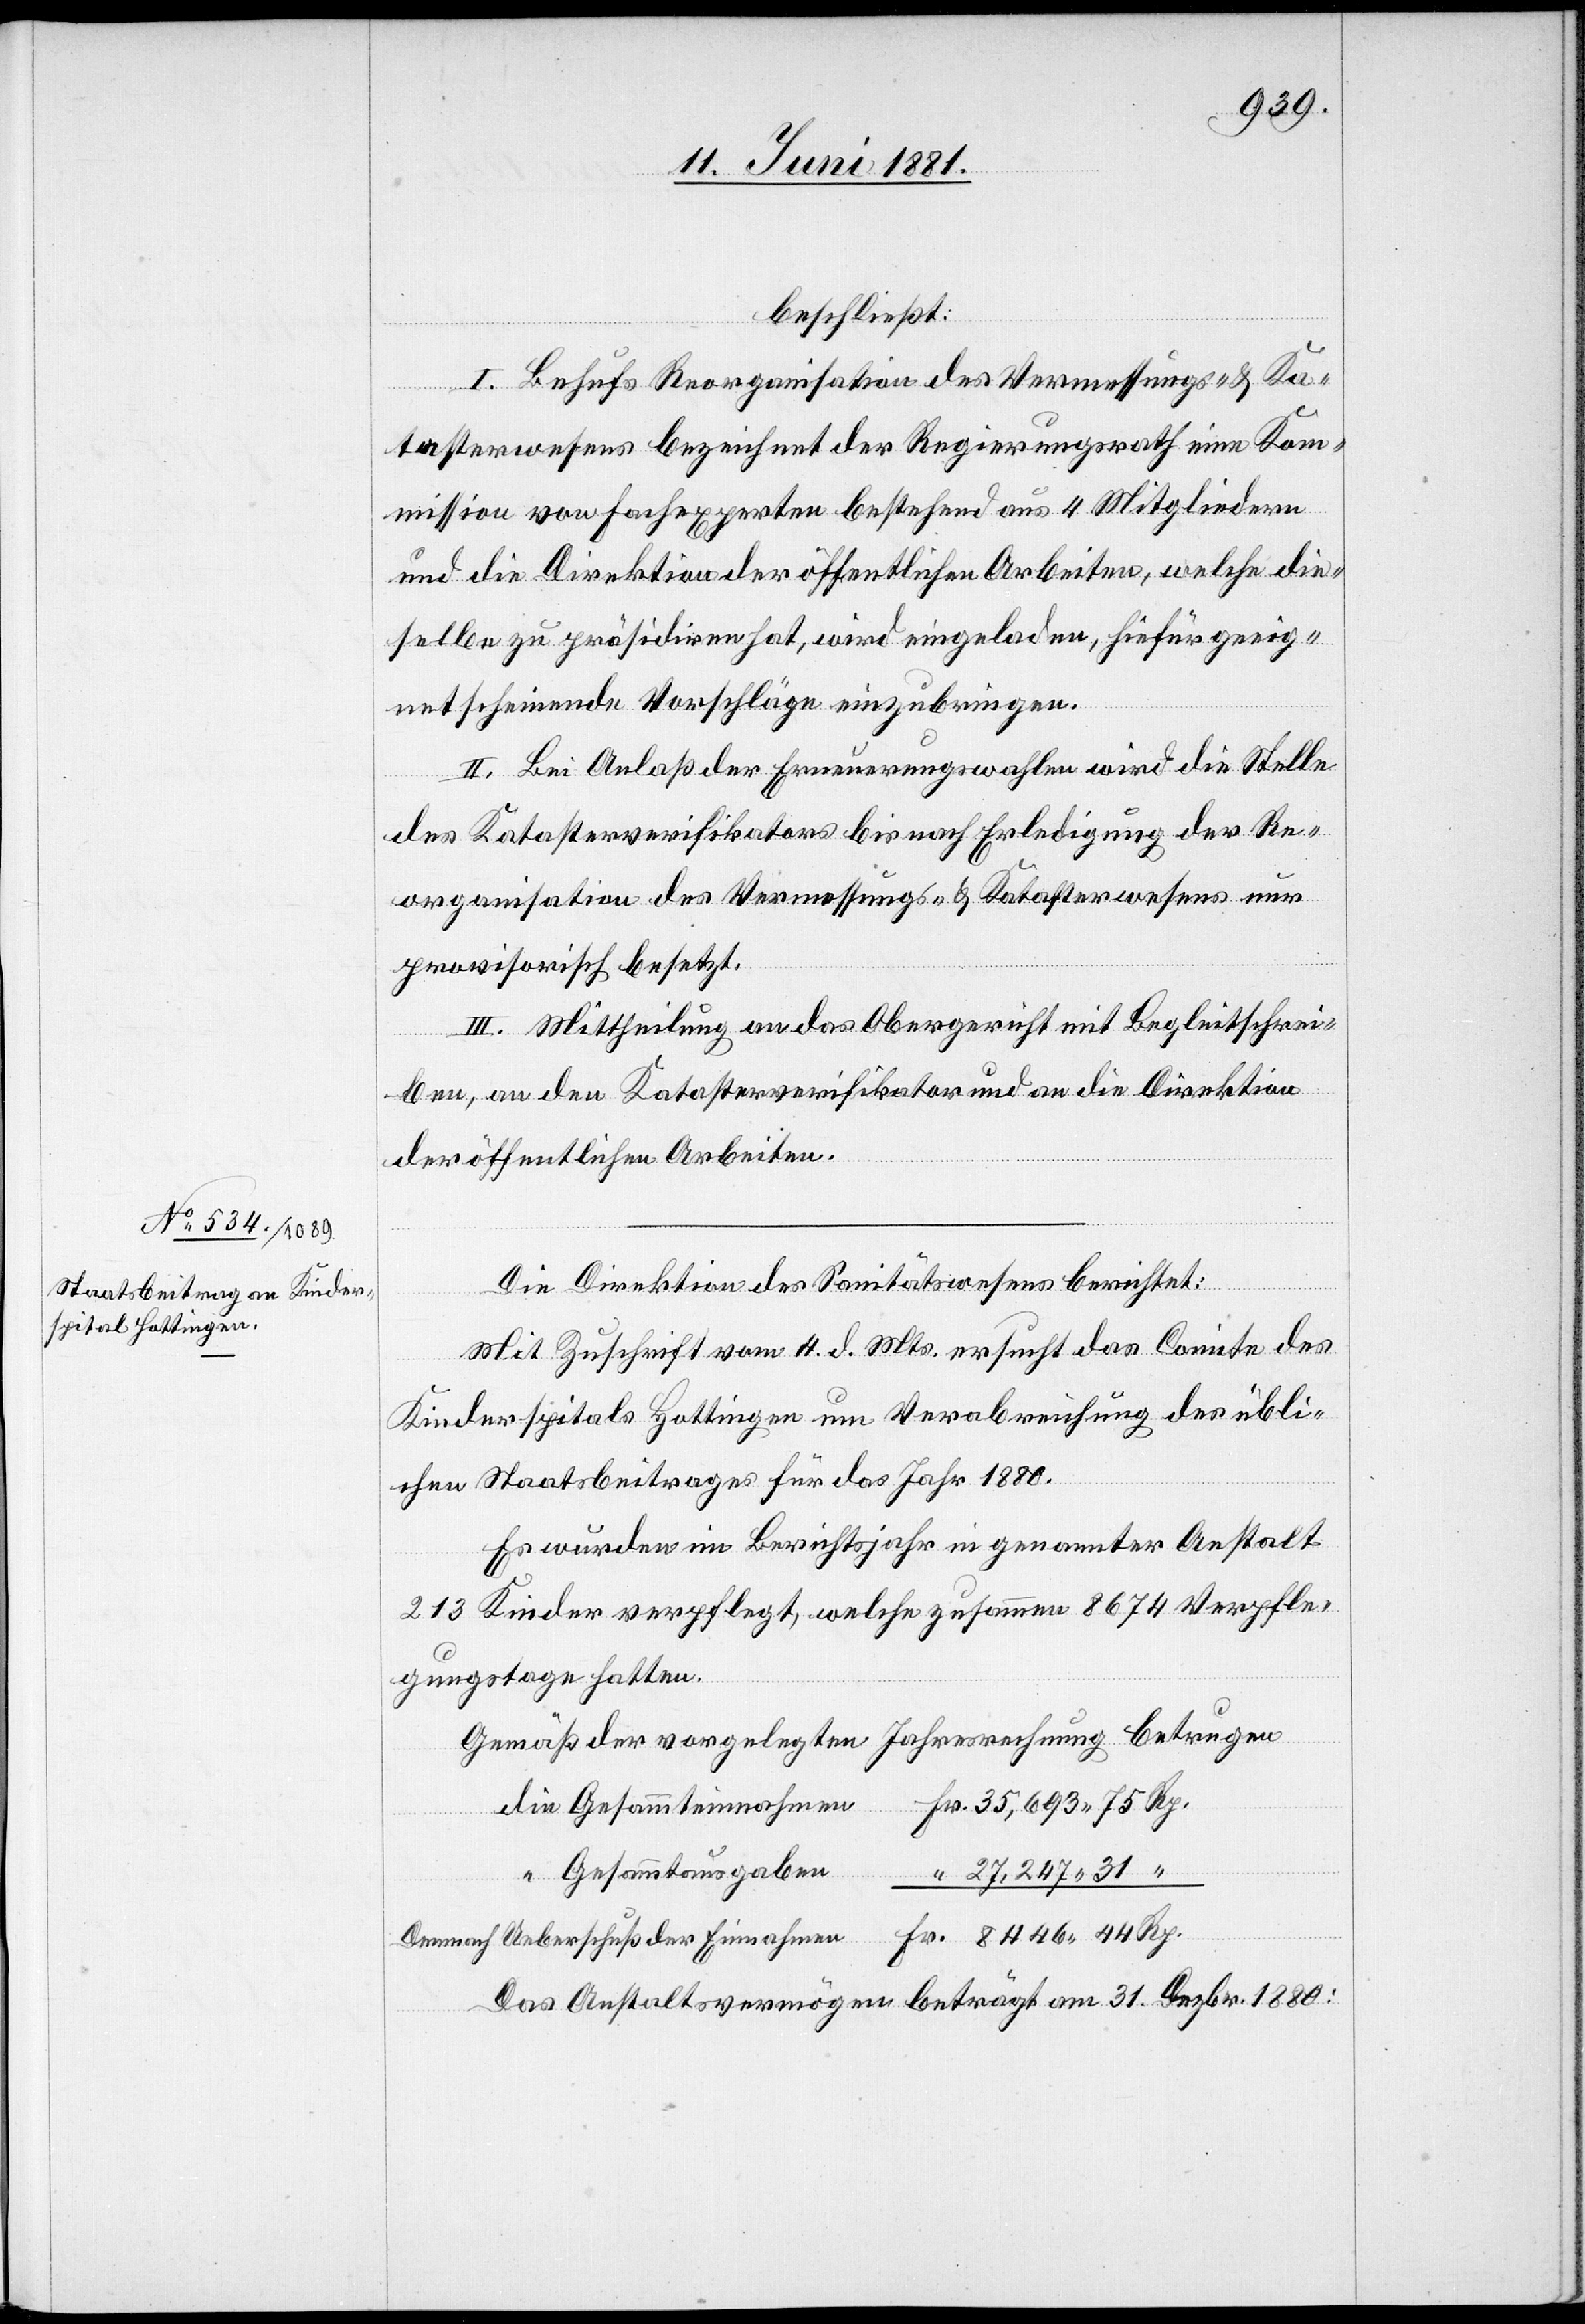
beschließt:
Rp.
I. Behufs Reorganisation des Vermessungs- & Ka¬
tasterwesens bezeichnet der Regierungsrath eine Kom¬
mission von Fachexperten bestehend aus 4 Mitgliedern
und die Direktion der öffentlichen Arbeiten, welche die¬
selbe zu präsidiren hat, wird eingeladen, hiefür geeig¬
net scheinende Vorschläge einzubringen.
II. Bei Anlaß der Erneuerungswahlen wird die Stelle
des Katasterverifikators bis nach Erledigung der Re¬
organisation des Vermessungs- & Katasterwesens nur
provisorisch besetzt.
III. Mittheilung an das Obergericht mit Begleitschrei¬
ben, an den Katasterverifikator und an die Direktion
der öffentlichen Arbeiten.
Die Direktion des Sanitätswesens berichtet:
Mit Zuschrift vom 4. d. Mts. ersucht das Comite des
Kinderspitals Hottingen um Verabreichung des übli¬
chen Staatsbeitrages für das Jahr 1880.
Es wurden im Berichtsjahr in genannter Anstalt
213 Kinder verpflegt, welche zusammen 8674 Verpfle¬
gungstage hatten.
Gemäß der vorgelegten Jahresrechnung betrugen
Gesammteinnahmen
Rp.
Gesammtausgaben
27,247 31
Demnach Ueberschuß der Einnahmen
Das Anstaltsvermögen beträgt am 31. Dezbr. 1880: